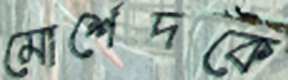
মোর্শেদকে